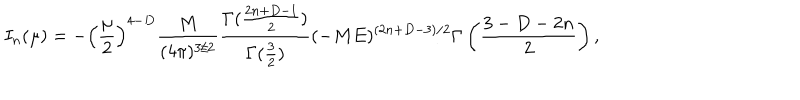
I _ { n } ( \mu ) = - \left( \frac { \mu } { 2 } \right) ^ { 4 - D } \frac { M } { ( 4 \pi ) ^ { 3 / 2 } } \frac { \Gamma ( \frac { 2 n + D - 1 } { 2 } ) } { \Gamma ( \frac { 3 } { 2 } ) } ( - M E ) ^ { ( 2 n + D - 3 ) / 2 } \Gamma \left( \frac { 3 - D - 2 n } { 2 } \right) ,